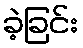
ခဲ့ခြင်း